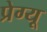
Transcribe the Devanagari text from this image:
प्रेग्यू